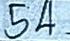
54